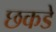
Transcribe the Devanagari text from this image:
छकडे